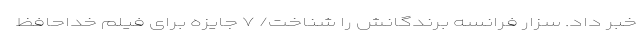
خبر داد. سزار فرانسه برندگانش را شناخت/ ۷ جایزه برای فیلم خداحافظ